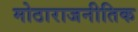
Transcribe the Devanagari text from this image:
मोठाराजनीतिक